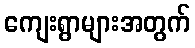
ကျေးရွာများအတွက်